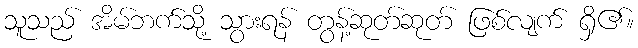
သူသည် အိမ်ဘက်သို့ သွားရန် တွန့်ဆုတ်ဆုတ် ဖြစ်လျက် ရှိ၏။